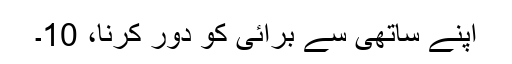
اپنے ساتھی سے برائی کو دور کرنا، 10۔